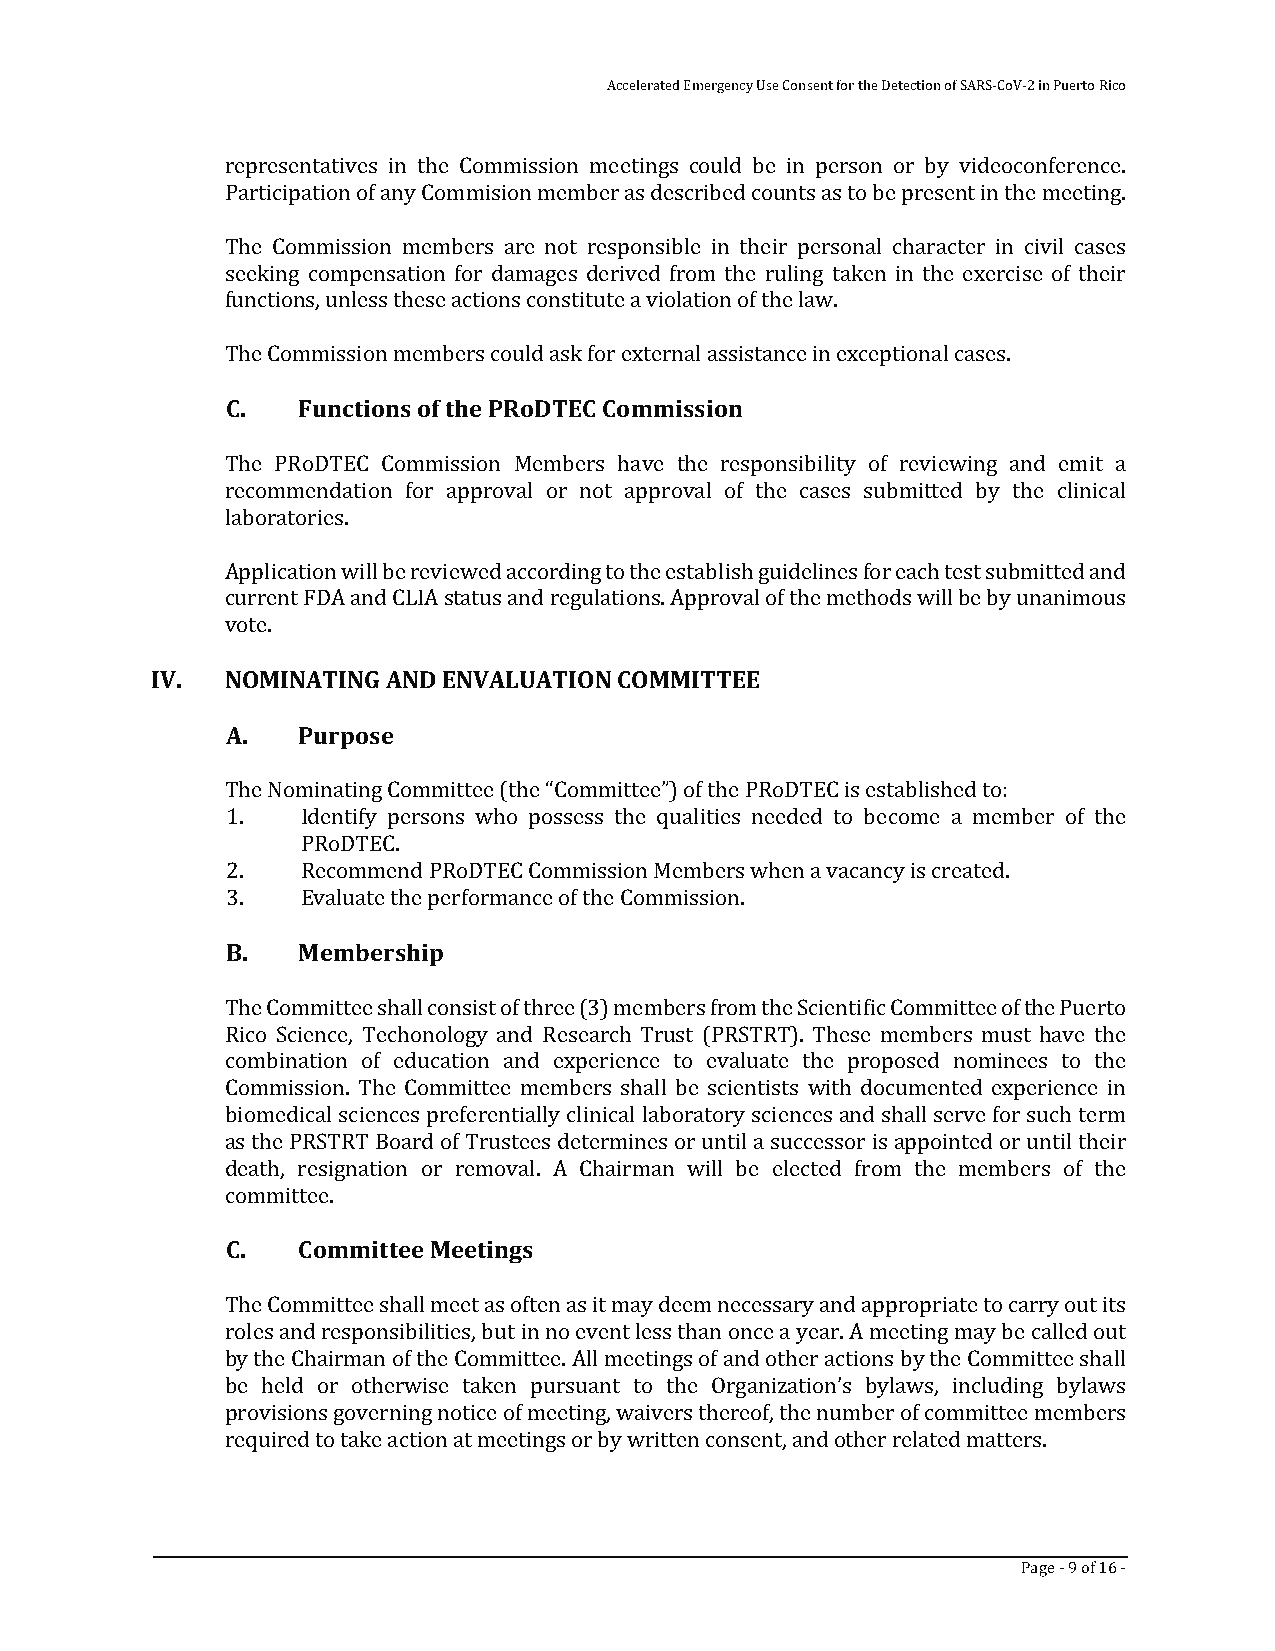
Accelerated Emergency Use Consent for the Detection of SARS-CoV-2 in Puerto Rico
 representatives in the Commission meetings could be in person or by videoconference.
 Participation of any Commision member as described counts as to be present in the meeting.
 The Commission members are not responsible in their personal character in civil cases
 seeking compensation for damages derived from the ruling taken in the exercise of their
 functions, unless these actions constitute a violation of the law.
 The Commission members could ask for external assistance in exceptional cases.
 C.   Functions of the PRoDTEC Commission
 The PRoDTEC Commission Members have the responsibility of reviewing and emit a
 recommendation for approval or not approval of the cases submitted by the clinical
 laboratories.
 Application will be reviewed according to the establish guidelines for each test submitted and
 current FDA and CLIA status and regulations. Approval of the methods will be by unanimous
 vote.
 IV.  NOMINATING AND ENVALUATION COMMITTEE
 A.   Purpose
 The Nominating Committee (the “Committee”) of the PRoDTEC is established to:
 1.   Identify persons who possess the qualities needed to become a member of the
 PRoDTEC.
 2.   Recommend PRoDTEC Commission Members when a vacancy is created.
 3.   Evaluate the performance of the Commission.
 B.   Membership
 The Committee shall consist of three (3) members from the Scientific Committee of the Puerto
 Rico Science, Techonology and Research Trust (PRSTRT). These members must have the
 combination of education and experience to evaluate the proposed nominees to the
 Commission. The Committee members shall be scientists with documented experience in
 biomedical sciences preferentially clinical laboratory sciences and shall serve for such term
 as the PRSTRT Board of Trustees determines or until a successor is appointed or until their
 death, resignation or removal. A Chairman will be elected from the members of the
 committee.
 C.   Committee Meetings
 The Committee shall meet as often as it may deem necessary and appropriate to carry out its
 roles and responsibilities, but in no event less than once a year. A meeting may be called out
 by the Chairman of the Committee. All meetings of and other actions by the Committee shall
 be held or otherwise taken pursuant to the Organization’s bylaws, including bylaws
 provisions governing notice of meeting, waivers thereof, the number of committee members
 required to take action at meetings or by written consent, and other related matters.
 Page - 9 of 16 -